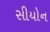
સીયોન